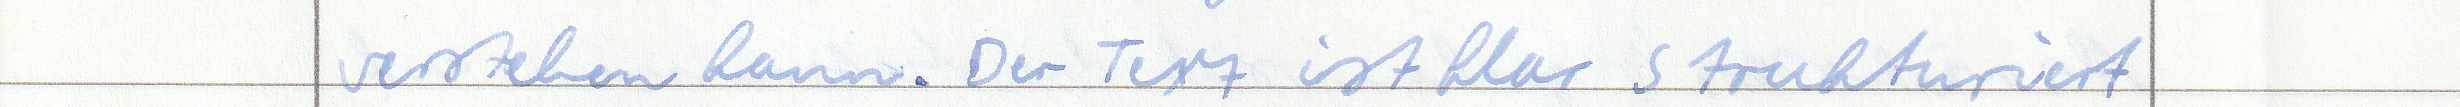
verstehen kann. Der Text ist klar strukturiert